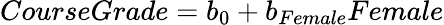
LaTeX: CourseGrade=b_{0}+b_{Female}Female